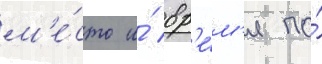
м'е́сто и́ вр'е́м'я по́